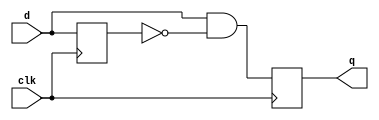
`timescale 1ns / 1ps
//////////////////////////////////////////////////////////////////////////////////
// Company: 
// Engineer: 
// 
// Design Name: 
// Module Name: SinglePulser
// Project Name: 
// Target Devices: 
// Tool Versions: 
// Description: 
// 
// Dependencies: 
// 
// Revision:
// Revision 0.01 - File Created
// Additional Comments:
// 
//////////////////////////////////////////////////////////////////////////////////


module SinglePulser(
    output reg q = 0,
    input d,
    input clk
    );

reg prev = 0;
always @ (posedge clk) begin 
    prev <= d;
    q <= d && ~prev;
end

endmodule